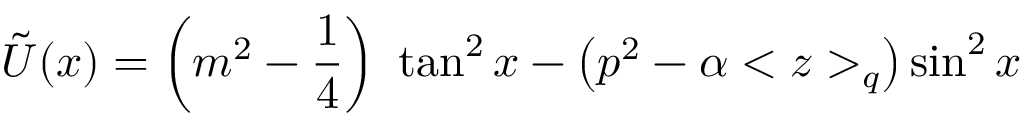
\tilde { U } ( x ) = \left( m ^ { 2 } - \frac { 1 } { 4 } \right) \ \tan ^ { 2 } x - \left( p ^ { 2 } - \alpha < z > _ { q } \right) \sin ^ { 2 } x